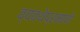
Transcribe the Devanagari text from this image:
व्यवथेप्रमाणे